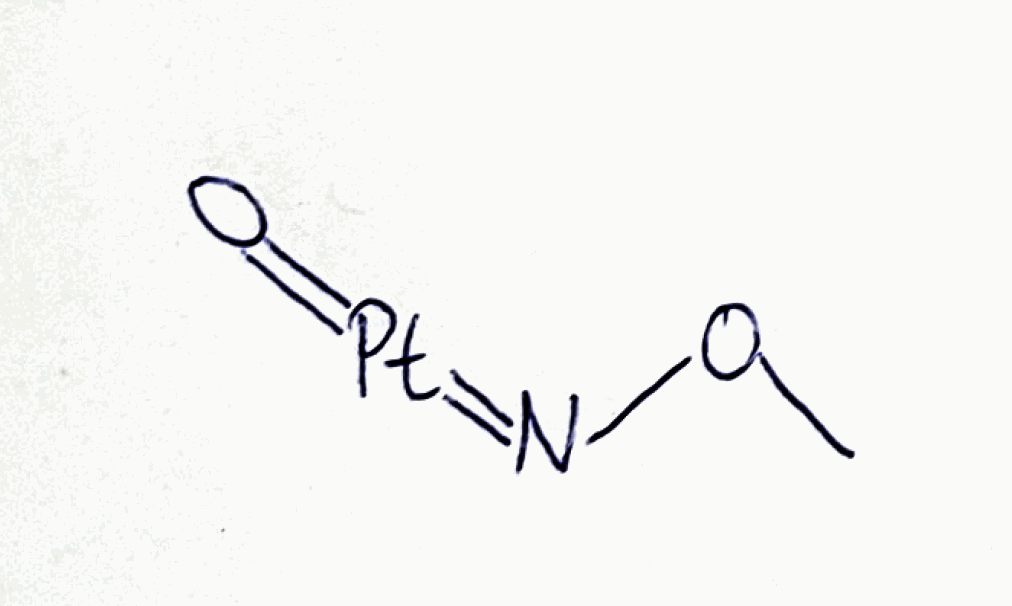
Simplified molecular-input line-entry system (SMILES) notation of the given molecule:
CON=[Pt]=O